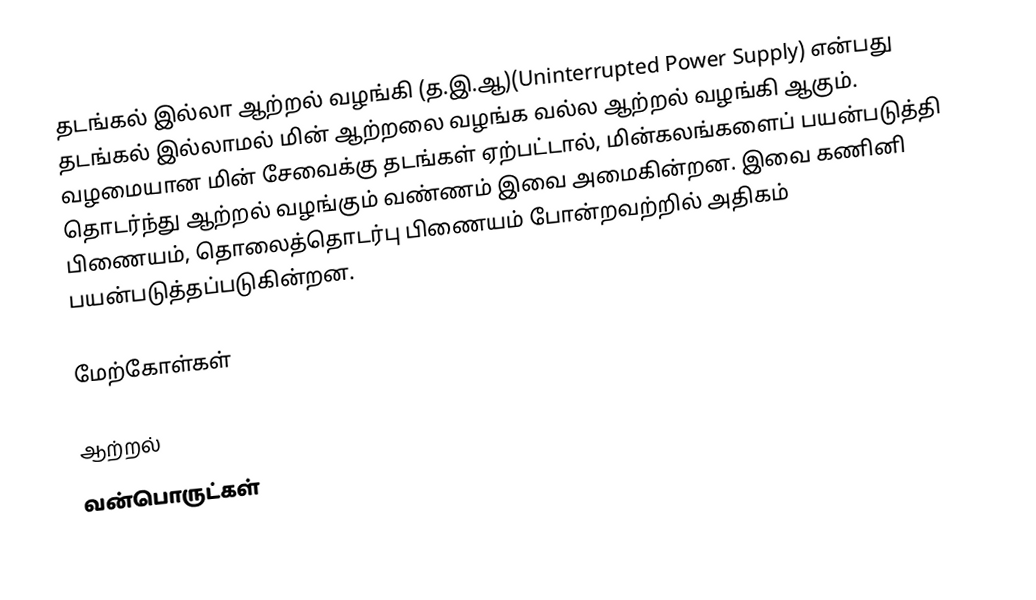
தடங்கல் இல்லா ஆற்றல் வழங்கி (த.இ.ஆ)(Uninterrupted Power Supply)  என்பது தடங்கல் இல்லாமல் மின் ஆற்றலை வழங்க வல்ல ஆற்றல் வழங்கி ஆகும். வழமையான மின் சேவைக்கு தடங்கள் ஏற்பட்டால், மின்கலங்களைப் பயன்படுத்தி தொடர்ந்து ஆற்றல் வழங்கும் வண்ணம் இவை அமைகின்றன. இவை கணினி பிணையம், தொலைத்தொடர்பு பிணையம் போன்றவற்றில் அதிகம் பயன்படுத்தப்படுகின்றன.

மேற்கோள்கள்

ஆற்றல்
வன்பொருட்கள்